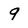
Character: 9